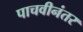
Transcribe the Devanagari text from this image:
पाचवीनंतर